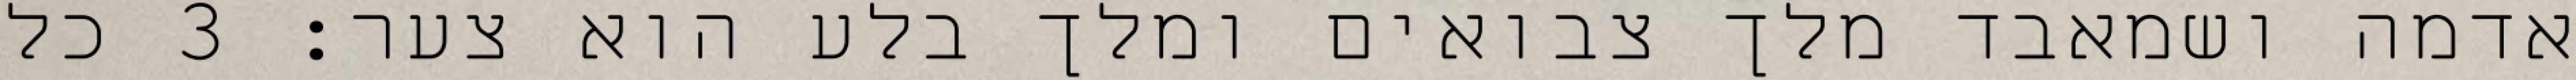
אדמה ושמאבד מלך צבואים ומלך בלע הוא צער׃ ‎3‏ כל